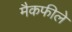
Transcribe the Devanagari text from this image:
मैकफीले